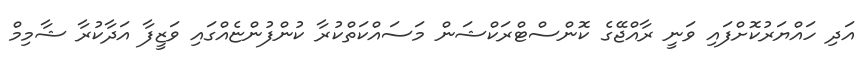
އަދި ހައްޔަރުކޮށްފައި ވަނީ ރާއްޖޭގެ ކޮންސްޓްރަކްޝަން މަސައްކަތްކުރާ ކުންފުންޏެއްގައި ވަޒީފާ އަދާކުރާ ޝާމިމް